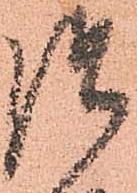
御